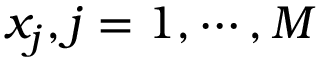
x _ { j } , j = 1 , \cdots , M